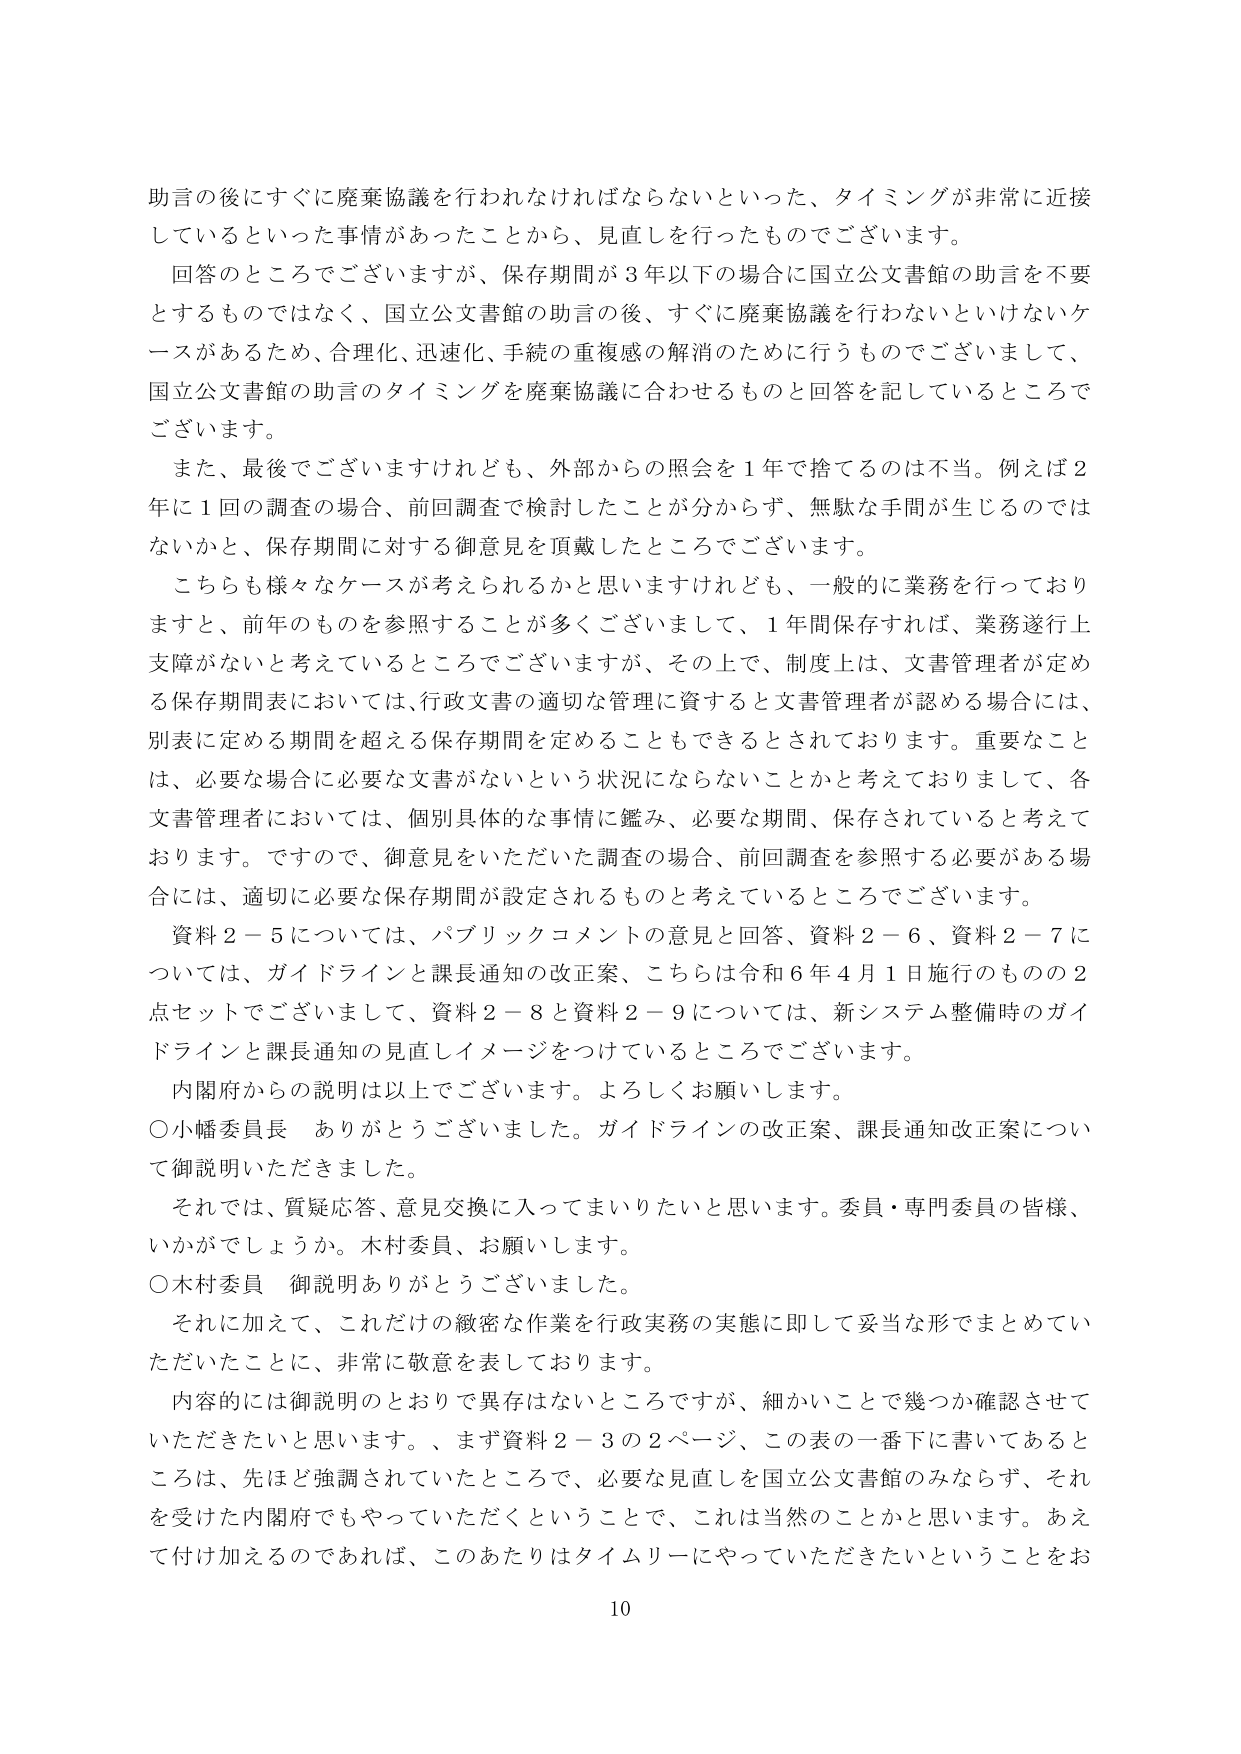
助言の後にすぐに廃棄協議を行わなければならないといった、タイミングが非常に近接しているといった事情があったことから、見直しを行ったものでございます。

回答のところでございますが、保存期間が3年以下の場合に国立公文書館の助言を不要とするものではなく、国立公文書館の助言の後、すぐに廃棄協議を行わないといけないケースがあるため、合理化、迅速化、手続の重複感の解消のために行うものでございまして、国立公文書館の助言のタイミングを廃棄協議に合わせるものと回答を記しているところでございます。

また、最後でございますけれども、外部からの照会を1年で捨てるのは不当。例えば2年に1回の調査の場合、前回調査で検討したことが分からず、無駄な手間が生じるのではないかと、保存期間に対する御意見を頂戴したところでございます。

こちらも様々なケースが考えられるかと思いますけれども、一般的に業務を行っておりますと、前年のものを参照することが多くございまして、1年間保存すれば、業務遂行上支障がないと考えているところでございますが、その上で、制度上は、文書管理者が定める保存期間表においては、行政文書の適切な管理に資すると文書管理者が認める場合には、別表に定める期間を超える保存期間を定めることもできるとされております。重要なことは、必要な場合に必要な文書がないという状況にならないことかと考えておりまして、各文書管理者においては、個別具体的な事情に鑑み、必要な期間、保存されていると考えております。ですので、御意見をいただいた調査の場合、前回調査を参照する必要がある場合には、適切に必要な保存期間が設定されるものと考えているところでございます。

資料2－5については、パブリックコメントの意見と回答、資料2－6、資料2－7については、ガイドラインと課長通知の改正案、こちらは令和6年4月1日施行のものの2点セットでございまして、資料2－8と資料2－9については、新システム整備時のガイドラインと課長通知の見直しイメージをつけていているところでございます。

内閣府からの説明は以上でございます。よろしくお願いします。

○小幡委員長　ありがとうございました。ガイドラインの改正案、課長通知改正案について御説明いただきました。

それでは、質疑応答、意見交換に入ってまいりたいと思います。委員・専門委員の皆様、いかがでしょうか。木村委員、お願いします。

○木村委員　御説明ありがとうございました。

それに加えて、これだけの緻密な作業を行政実務の実態に即して妥当な形でまとめていただいたことに、非常に敬意を表しております。

内容的には御説明のとおりで異存はないところですが、細かいことで幾つか確認させていただきたいと思います。、まず資料2－3の2ページ、この表の一番下に書いてあるところは、先ほど強調されていたところで、必要な見直しを国立公文書館のみならず、それを受けた内閣府でもやっていただくということで、これは当然のことかと思います。あえて付け加えるのであれば、このあたりはタイムリーにやっていただきたいということをお

10